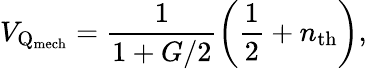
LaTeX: V_{\mathrm{Q}_{\mathrm{mech}}}=\frac{1}{1+G/2}\left(\frac{1}{2}+n_{\mathrm{th}}\right),